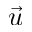
\vec { u }